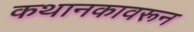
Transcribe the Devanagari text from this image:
कथानकावरून